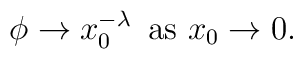
\phi\to x_0^{-\lambda}\hskip.2cm {\textstyle\rm as\ }x_0\to 0.